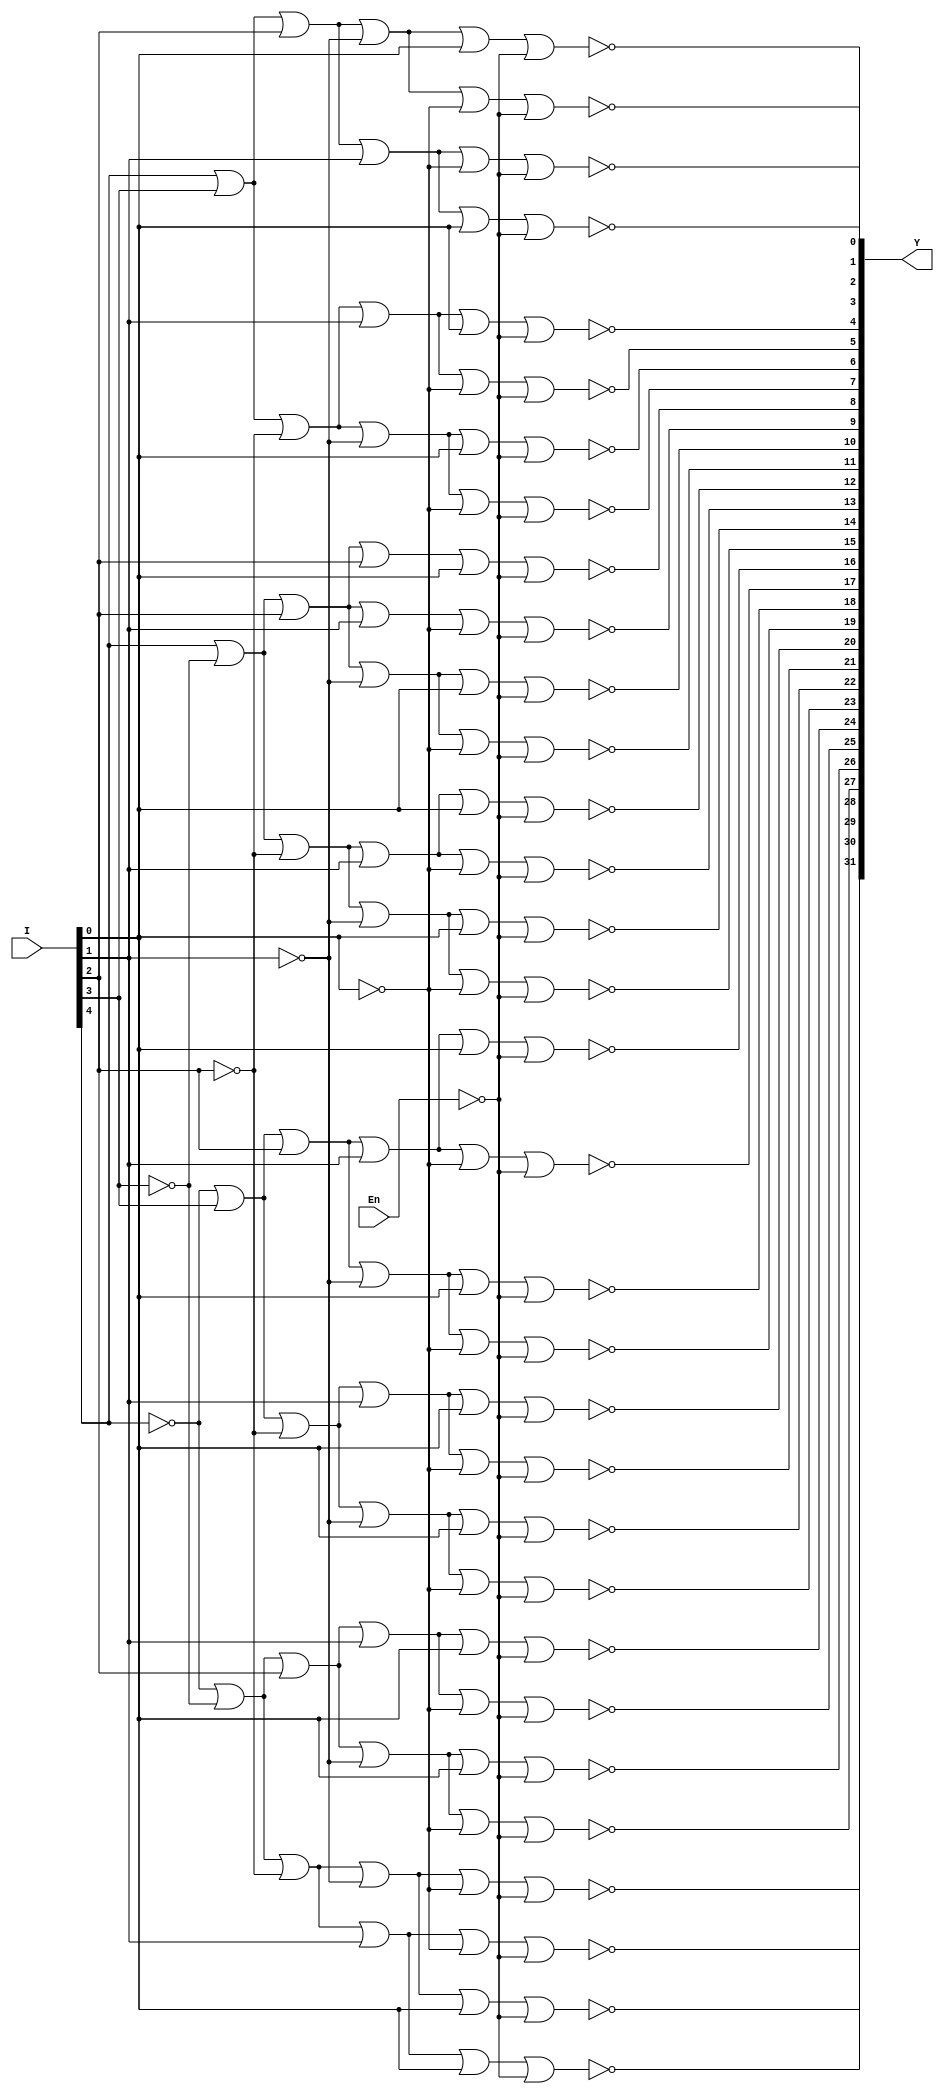
`timescale 1ns / 1ps

module DEC5T32E(I, En, Y);

input   [4:0]   I;
input           En;
output  [31:0]  Y;

wire    [5:0]   W;

not (W[0], I[0]);
not (W[1], I[1]);
not (W[2], I[2]);
not (W[3], I[3]);
not (W[4], I[4]);
not (W[5], En  );

nor (Y[0] , I[4], I[3], I[2], I[1], I[0], W[5]);
nor (Y[1] , I[4], I[3], I[2], I[1], W[0], W[5]);
nor (Y[2] , I[4], I[3], I[2], W[1], I[0], W[5]);
nor (Y[3] , I[4], I[3], I[2], W[1], W[0], W[5]);
nor (Y[4] , I[4], I[3], W[2], I[1], I[0], W[5]);
nor (Y[5] , I[4], I[3], W[2], I[1], W[0], W[5]);
nor (Y[6] , I[4], I[3], W[2], W[1], I[0], W[5]);
nor (Y[7] , I[4], I[3], W[2], W[1], W[0], W[5]);
nor (Y[8] , I[4], W[3], I[2], I[2], I[0], W[5]);
nor (Y[9] , I[4], W[3], I[2], I[1], W[0], W[5]);
nor (Y[10], I[4], W[3], I[2], W[1], I[0], W[5]);
nor (Y[11], I[4], W[3], I[2], W[1], W[0], W[5]);
nor (Y[12], I[4], W[3], W[2], I[1], I[0], W[5]);
nor (Y[13], I[4], W[3], W[2], I[1], W[0], W[5]);
nor (Y[14], I[4], W[3], W[2], W[1], I[0], W[5]);
nor (Y[15], I[4], W[3], W[2], W[1], W[0], W[5]);
nor (Y[16], W[4], I[3], I[2], I[1], I[0], W[5]);
nor (Y[17], W[4], I[3], I[2], I[1], W[0], W[5]);
nor (Y[18], W[4], I[3], I[2], W[1], I[0], W[5]);
nor (Y[19], W[4], I[3], I[2], W[1], W[0], W[5]);
nor (Y[20], W[4], I[3], W[2], I[1], I[0], W[5]);
nor (Y[21], W[4], I[3], W[2], I[1], W[0], W[5]);
nor (Y[22], W[4], I[3], W[2], W[1], I[0], W[5]);
nor (Y[23], W[4], I[3], W[2], W[1], W[0], W[5]);
nor (Y[24], W[4], W[3], I[2], I[1], I[0], W[5]);
nor (Y[25], W[4], W[3], I[2], I[1], W[0], W[5]);
nor (Y[26], W[4], W[3], I[2], W[1], I[0], W[5]);
nor (Y[27], W[4], W[3], I[2], W[1], W[0], W[5]);
nor (Y[28], W[4], W[3], W[2], I[1], I[0], W[5]);
nor (Y[29], W[4], W[3], W[2], I[1], W[0], W[5]);
nor (Y[30], W[4], W[3], W[2], W[1], I[0], W[5]);
nor (Y[31], W[4], W[3], W[2], W[1], W[0], W[5]);

endmodule